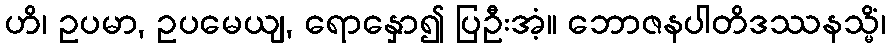
ဟိ၊ ဥပမာ, ဥပမေယျ, ရောနှော၍ ပြဦးအံ့။ ဘောဇနပါတိဒဿနသ္မိံ၊